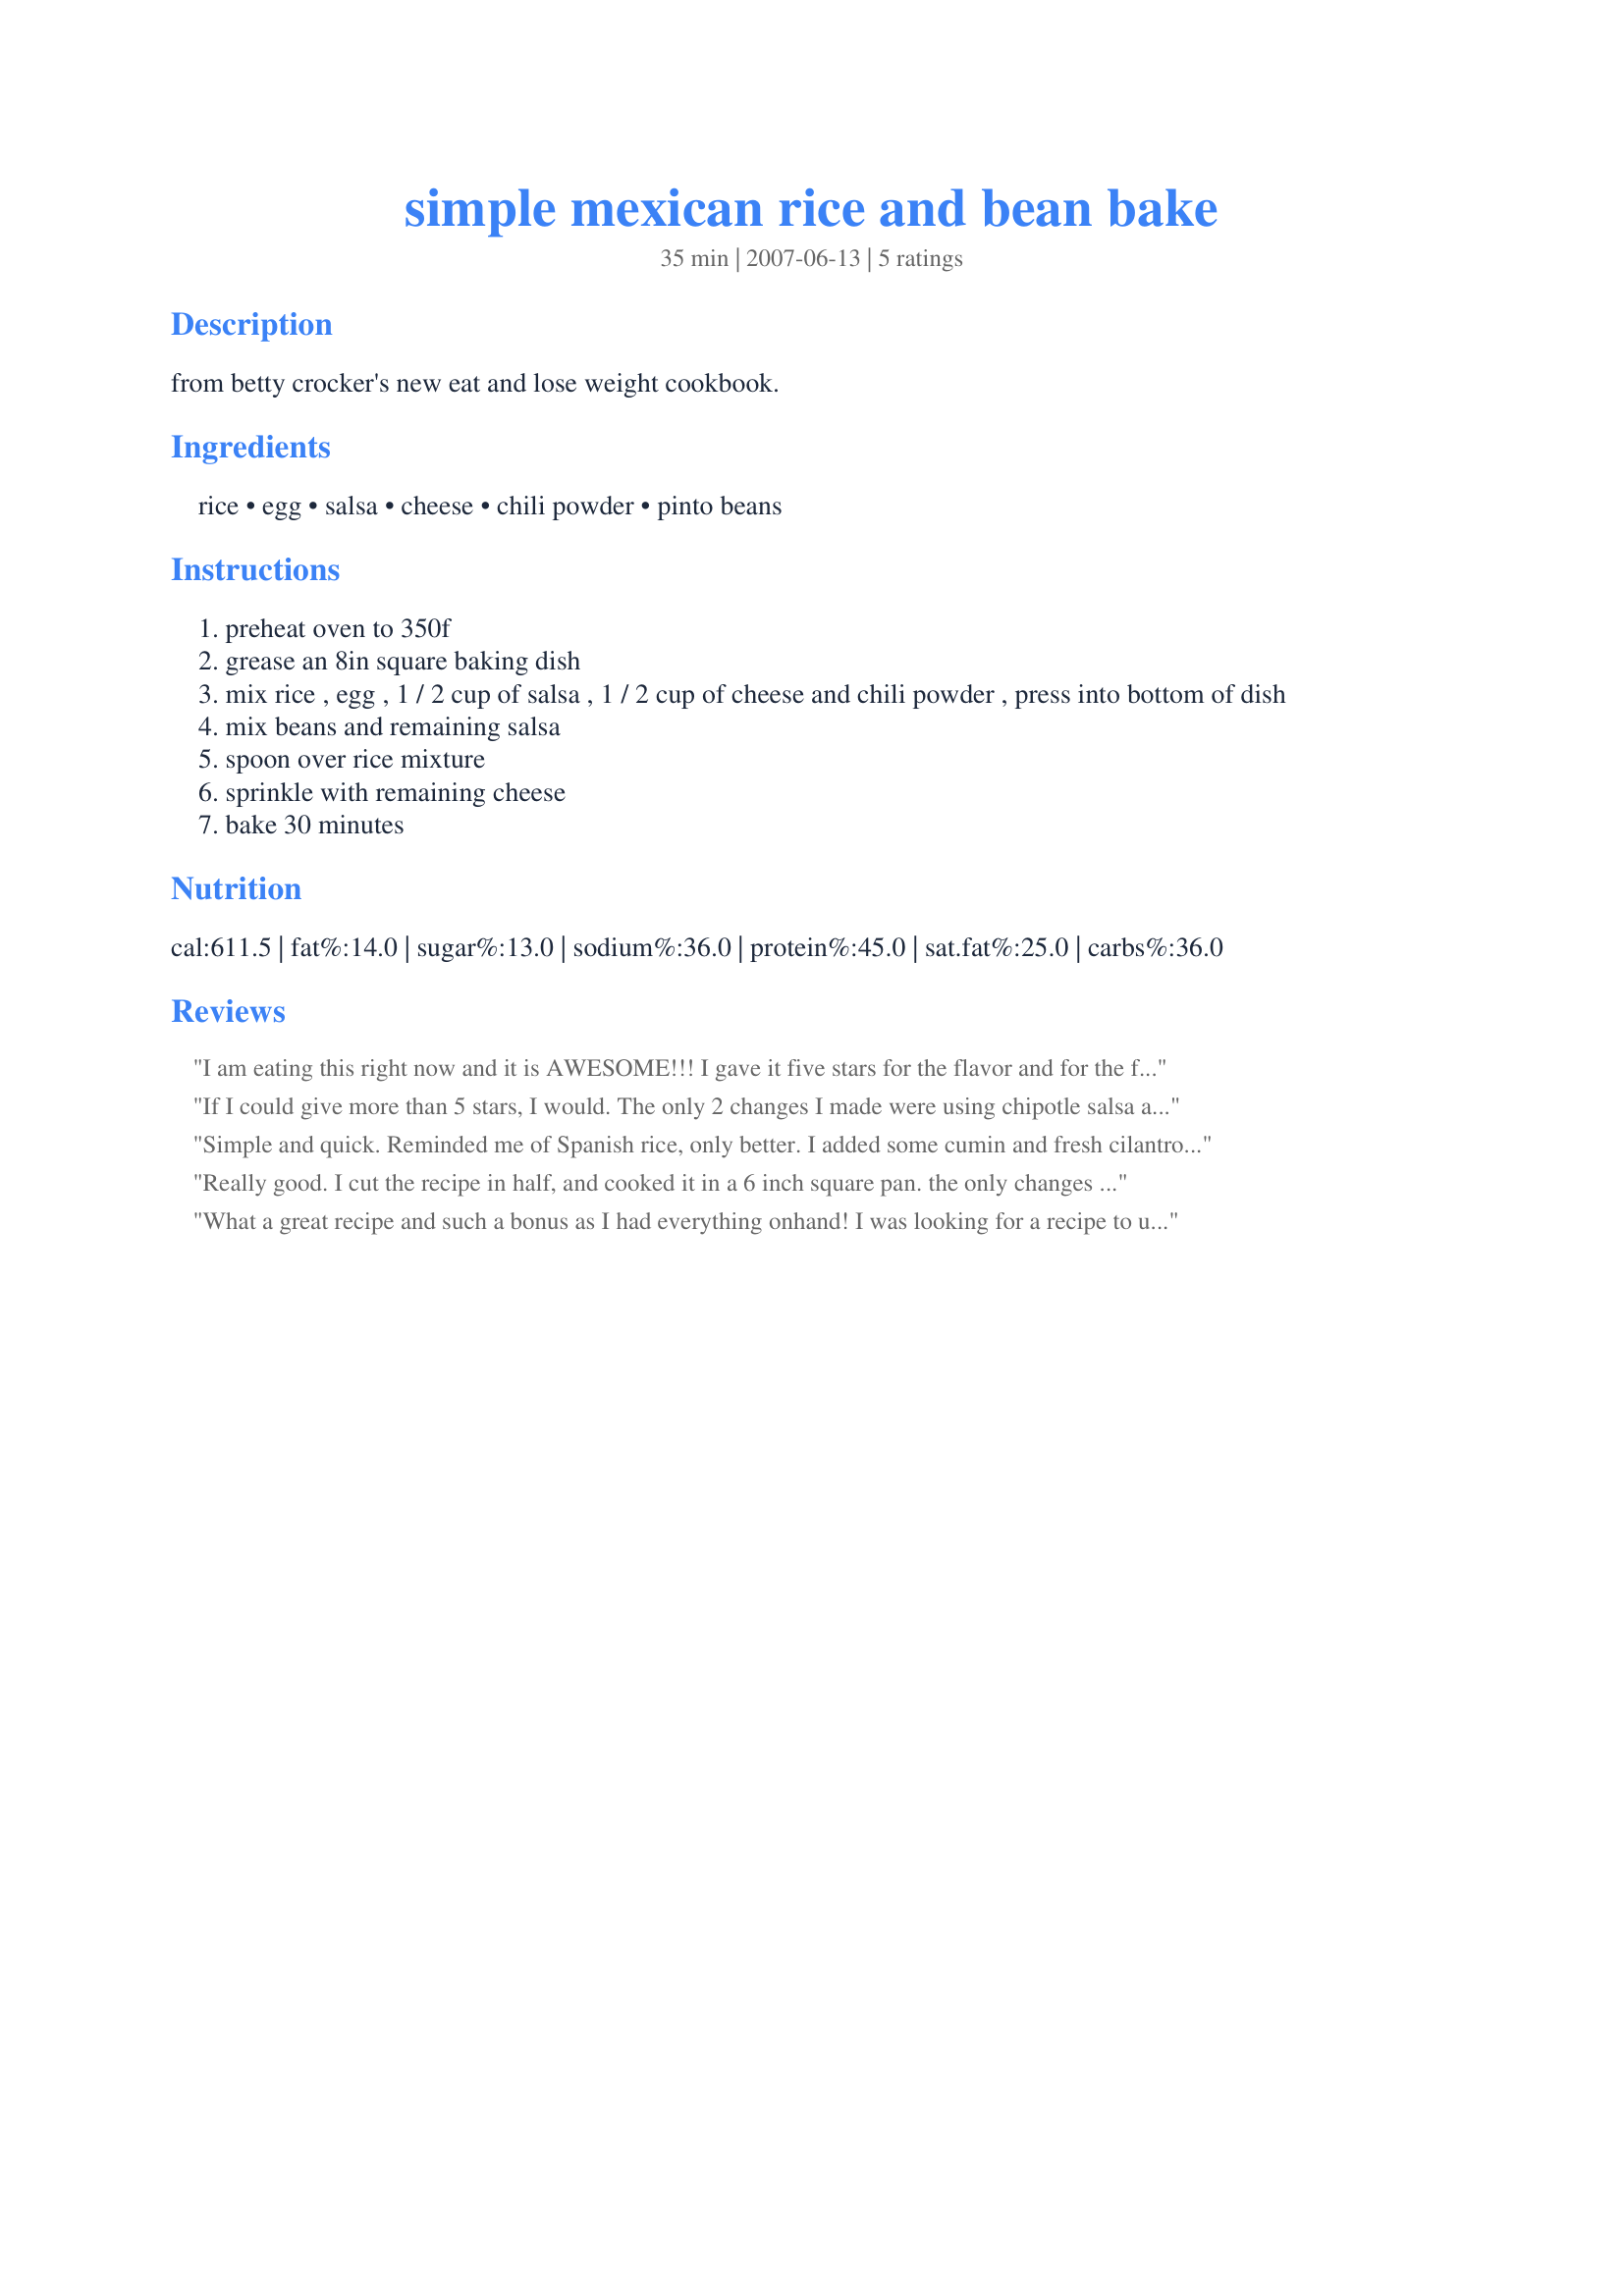
simple mexican rice and bean bake
Preparation time: 35 minutes

from betty crocker's new eat and lose weight cookbook.

Ingredients:
rice, egg, salsa, cheese, chili powder, pinto beans

Steps:
preheat oven to 350f
grease an 8in square baking dish
mix rice , egg , 1 / 2 cup of salsa , 1 / 2 cup of cheese and chili powder , press into bottom of dish
mix beans and remaining salsa
spoon over rice mixture
sprinkle with remaining cheese
bake 30 minutes

Reviews:
I am eating this right now and it is AWESOME!!! I gave it five stars for the flavor and for the fact that it is probably the quickest and easiest thing I've ever made. I topped it with green onion and cilantro, and non-fat plain yogurt. You could vary it with different types of salsa, or perhaps add ground beef to the egg-and-rice mixture. If my husband leaves any leftovers, it will be great for breakfast. This is sure to be a staple in my house! Update: made to drop off uncooked at my sis & bro-in-law's house who had just come home with their new baby. The loved it. I only had Monterey Jack cheese on hand, used brown rice, and this time only had a can of refried beans instead of pinto.
If I could give more than 5 stars, I would. The only 2 changes I made were using chipotle salsa and brown rice (had both in the cupboard). Hubby and I both went back for seconds. Yum, yum!
Simple and quick. Reminded me of Spanish rice, only better. I added some cumin and fresh cilantro.And just mixed everything in a bowl and tossed into my 8x8. The two of us ate about 2/3 of it last night, only stopping to save some for his lunch! I also like that this called for pinto beans instead of black beans. BF said next time to serve it with texas toast.
Really good. I cut the recipe in half, and cooked it in a 6 inch square pan. the only changes I made were to add some salt (as I cooked my beans from dried) and some cumin, as I really love it in Mexican food. This was one of the easiest casseroles I've made in a long time, and it made a great lunch. I think that next time I would toss all of the ingredients (except some of the cheese) together, as I didn't think the layering added anything to the dish, and a few of my beans turned out really dry. I'd also increase the chili powder, but that's just personal taste, not a reflection on the recipe. Thanks for posting a great dish!
What a great recipe and such a bonus as I had everything onhand! I was looking for a recipe to use up some rice that I had in the fridge and because I had a bit more rice than stated, I threw it all in with an extra egg. Served it nacho style topped with extra salsa, green onions, sour cream and corn chips on the side. The egg base is really light but also very filling. Everyone gobbled this up including my girls. Will definitely be making this again soon. Thank you so much for posting, it's a fantastic idea.
